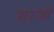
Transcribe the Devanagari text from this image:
यरजो